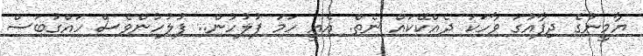
ޔާމީނުގެ ދިފާއުގަ ވާހަކަ ދެއްކޭކައް ނެތް. އެއީ ހަމަ ފުލުހުން.. ފުލުހުންވެސް ހައްްްގުބަސް